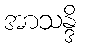
အာသန္ဒိ